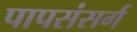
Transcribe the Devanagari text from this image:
पापसंसर्ग